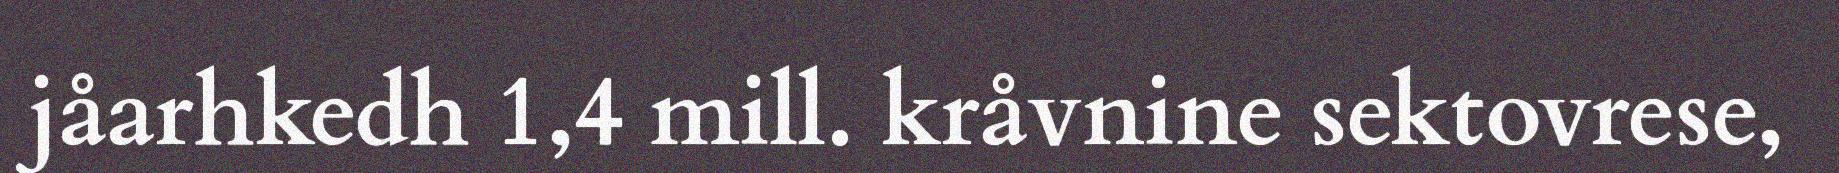
jåarhkedh 1,4 mill. kråvnine sektovrese,